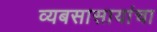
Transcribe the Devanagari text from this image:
व्यबसासायांचा